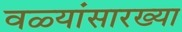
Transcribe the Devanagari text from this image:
वळ्यांसारख्या